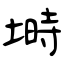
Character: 塒